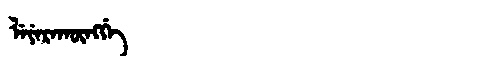
Manchu: ᠯᡝᠶᡝᡵᠠᡴᡡᠩᡤᡝ
Romanization: LEYERAKŪNGGE